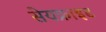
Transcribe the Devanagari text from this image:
सेयफ्राइड